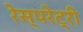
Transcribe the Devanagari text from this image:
रेस्परेट्री